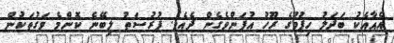
އެއާއެކު ބަދަލު ހިފުމުގެ ރޫހު އުފަންވެގެން ދެއެވެ. ފުރުސަތު ލިބޭނެ ކޮންމެ ވަގުތަކުން